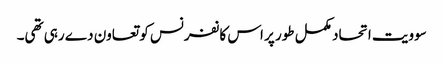
سوویت اتحاد مکمل طور پر اس کانفرنس کو تعاون دے رہی تھی۔